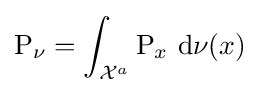
\operatorname {P} _{\nu }=\int _{{\mathcal {X}}^{a}}\operatorname {P} _{x}\,\mathrm {d} \nu (x)